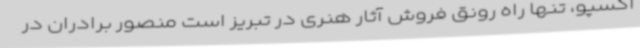
اکسپو، تنها راه رونق فروش آثار هنری در تبریز است منصور برادران در